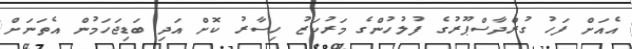
އެއަށް ފަހު ގުރްދާސްޕޫރުގެ ފުލުހުންގެ މަރުކަޒު ހިސާރު ކޮށް އަދި ބަޑިޖަހަމުން އެތަނަށް